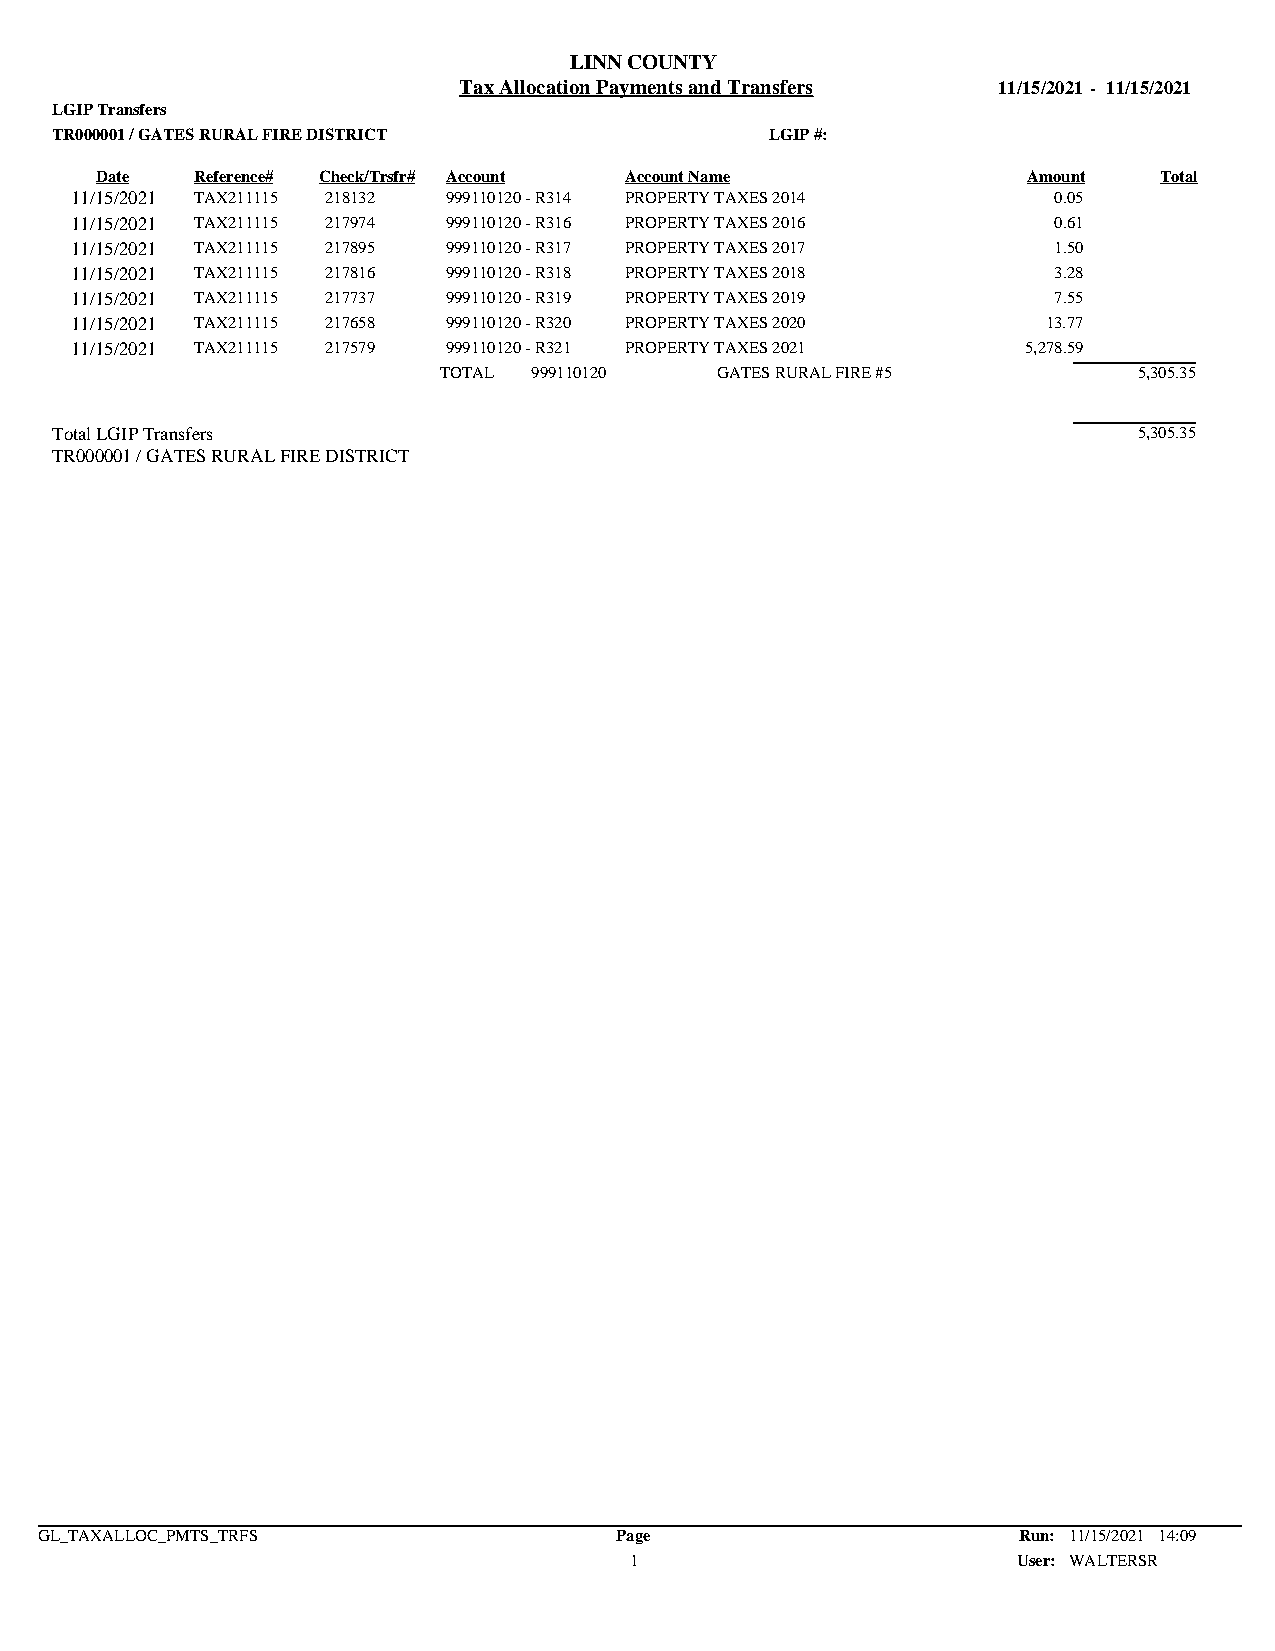
LINN COUNTY
 Tax Allocation Payments and Transfers 11/15/2021 - 11/15/2021
 LGIP Transfers
 TR000001 / GATES RURAL FIRE DISTRICT            LGIP #:
 Date   Reference# Check/Trsfr# Account Account Name           Amount   Total
 11/15/2021 TAX211115 218132 999110120 - R314 PROPERTY TAXES 2014 0.05
 11/15/2021 TAX211115 217974 999110120 - R316 PROPERTY TAXES 2016 0.61
 11/15/2021 TAX211115 217895 999110120 - R317 PROPERTY TAXES 2017 1.50
 11/15/2021 TAX211115 217816 999110120 - R318 PROPERTY TAXES 2018 3.28
 11/15/2021 TAX211115 217737 999110120 - R319 PROPERTY TAXES 2019 7.55
 11/15/2021 TAX211115 217658 999110120 - R320 PROPERTY TAXES 2020 13.77
 11/15/2021 TAX211115 217579 999110120 - R321 PROPERTY TAXES 2021 5,278.59
 TOTAL 999110120   GATES RURAL FIRE #5         5,305.35
 Total LGIP Transfers                                                    5,305.35
 TR000001 / GATES RURAL FIRE DISTRICT
 GL_TAXALLOC_PMTS_TRFS                  Page                      Run: 11/15/2021 14:09
 1                        User: WALTERSR